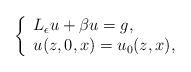
LaTeX: \begin{align*} \left\{ \begin{array}{l}L_{\epsilon}u+\beta u=g,\\u(z,0,x)=u_{0}(z,x),\\\end{array} \right. \end{align*}